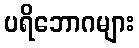
ပရိဘောဂများ